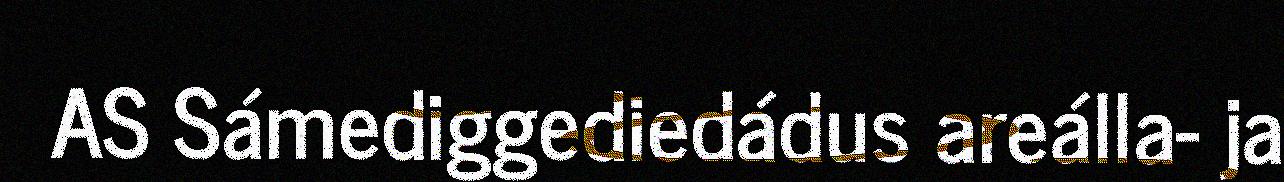
AS Sámediggediedádus areálla- ja